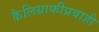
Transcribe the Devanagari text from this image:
कैलिग्राफीप्रवाही